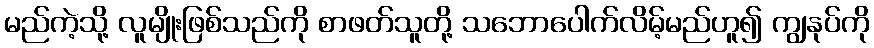
မည်ကဲ့သို့ လူမျိုးဖြစ်သည်ကို စာဖတ်သူတို့ သဘောပေါက်လိမ့်မည်ဟူ၍ ကျွနုပ်ကို